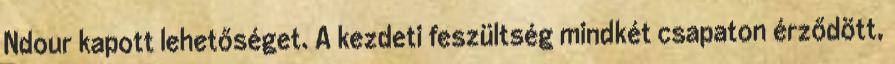
Ndour kapott lehetőséget. A kezdeti feszültség mindkét csapaton érződött,